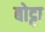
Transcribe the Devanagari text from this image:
बोट्टा